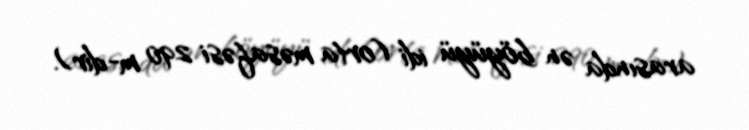
arasında ən böyüyü idi (orta məsafəsi 290 m-dir).